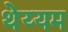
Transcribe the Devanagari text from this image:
थेय्यम